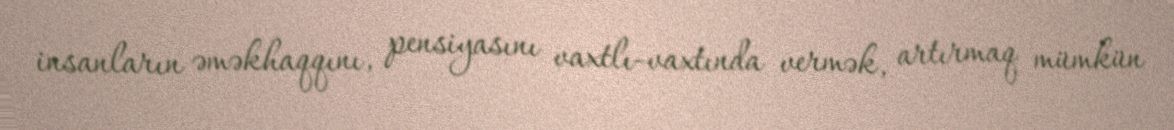
insanların əməkhaqqını, pensiyasını vaxtlı-vaxtında vermək, artırmaq mümkün